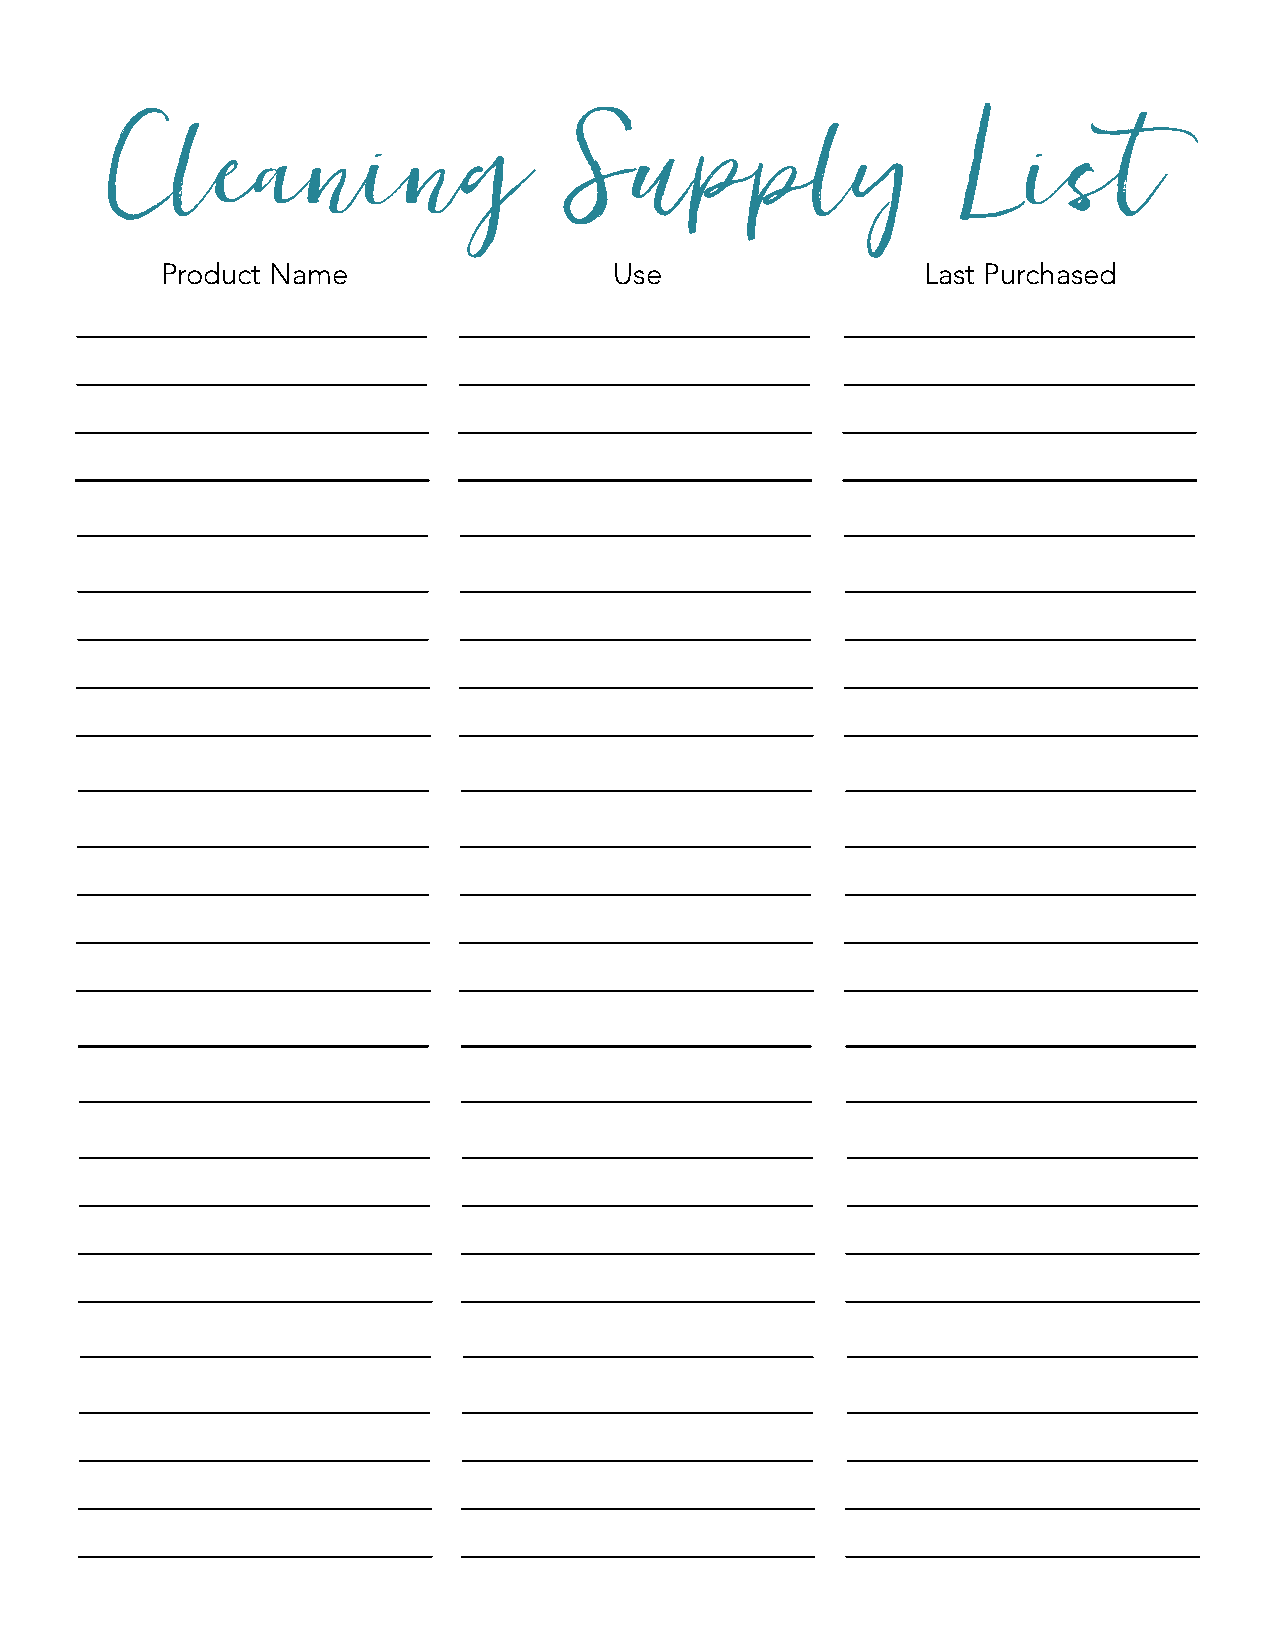
Cleaning                       Supply                    L   ist
 Product Name                  Use                 Last Purchased